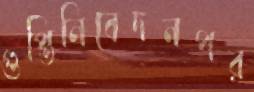
গুপ্তিনিবেদনপর